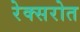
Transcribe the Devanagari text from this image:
रेक्सरोत